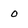
Character: 0